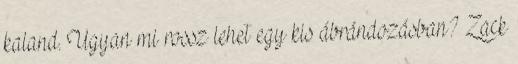
kaland. Ugyan mi rossz lehet egy kis ábrándozásban? Zack